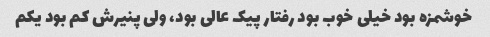
خوشمزه بود خیلی خوب بود رفتار پیک عالی بود، ولی پنیرش کم بود یکم